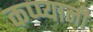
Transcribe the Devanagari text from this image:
कप्प्यानी